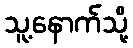
သူ့နောက်သို့